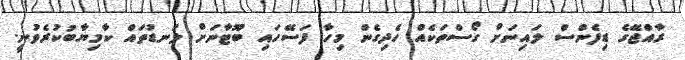
ރާއްޖޭގެ ޑިފެންސް ލައިނަށް ގޯސްތަކެއް ހެދިގެން މިހާ ފަސޭހައި ބޫޓާނަށް ލަނޑުތައް ކާމިޔާބުކުރެވުނީ.